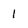
Character: 1